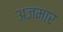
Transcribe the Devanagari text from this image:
अजमार